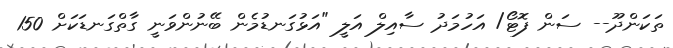
ތަކަންދޫ-- ސަން ފޮޓޯ/ އަހުމަދު ސާއިލް އަލީ "އަޅުގަނޑުމެން ބޭނުންވަނީ ގާތްގަނޑަކަށް 150